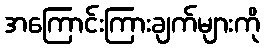
အကြောင်းကြားချက်များကို